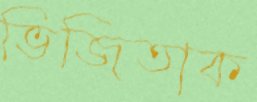
ভিজিতাক